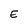
Character: E